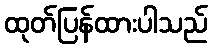
ထုတ်ပြန်ထားပါသည်